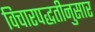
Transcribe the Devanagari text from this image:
विचारपद्धतीनुसार